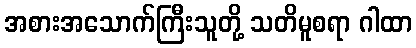
အစားအသောက်ကြီးသူတို့ သတိမူစရာ ဂါထာ